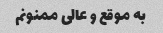
به موقع و عالی ممنونم